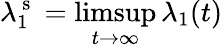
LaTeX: \lambda_{1}^{\mathrm{~s~}}=\operatorname*{limsup}_{t\to\infty}\lambda_{1}(t)